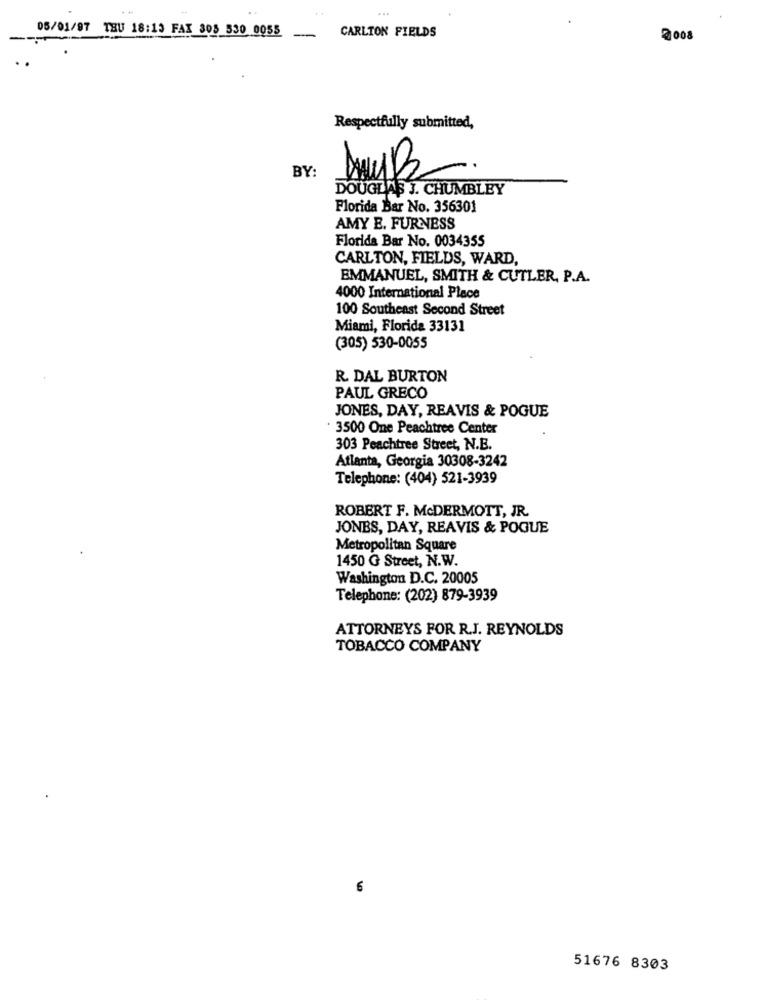
05/01/97 THU 18:13 FAX 305 530 0055
CARLTON FIELDS
-
2008
Respectfully submitted,
BY:
DOUGLAS J. CHUMBLEY
Florida Bar No. 356301
AMY E. FURNESS
Florida Bar No. 0034355
CARLTON, FIELDS, WARD,
EMMANUEL, SMITH & CUTLER, P.A.
4000 International Place
100 Southeast Second Street
Miami, Florida 33131
(305) 530-0055
R. DAL BURTON
PAUL GRECO
JONES, DAY, REAVIS & POGUE
3500 One Peachtree Center
303 Peachtree Street, N.E.
Atlanta, Georgia 30308-3242
Telephone: (404) 521-3939
ROBERT F. MCDERMOTT, JR.
JONES, DAY, REAVIS & POGUE
Metropolitan Square
1450 G Street, N.W.
Washington D.C. 20005
Telephone: (202) 879-3939
ATTORNEYS FOR R.J. REYNOLDS
TOBACCO COMPANY
6
51676 8303